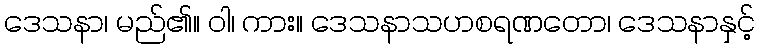
ဒေသနာ၊ မည်၏။ ဝါ၊ ကား။ ဒေသနာသဟစရဏတော၊ ဒေသနာနှင့်